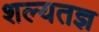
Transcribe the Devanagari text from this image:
शल्यतज्ञ